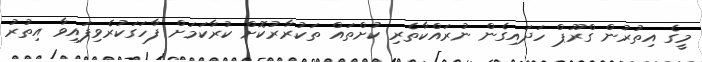
މީގެ އިތުރުން ގްރޫޕް ހަދައިގެން ނުރައްކާތެރި ކުށްތައް ތަކުރާރުކޮށް ކުރާކަމަށް ފާހަގަކުރެވިފައިވާ އިތުރު